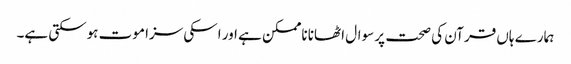
ہمارے ہاں قرآن کی صحت پر سوال اٹھانا ناممکن ہے اور اسکی سزا موت ہوسکتی ہے۔